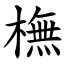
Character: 橅